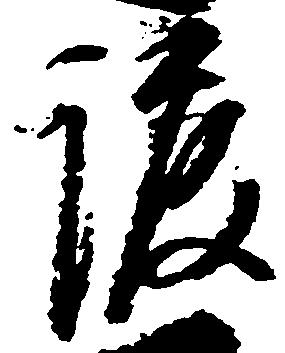
渡